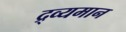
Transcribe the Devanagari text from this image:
द्र्व्यमान